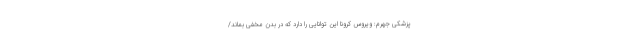
پزشکی جهرم: ویروس کرونا این توانایی را دارد که در بدن مخفی بماند/